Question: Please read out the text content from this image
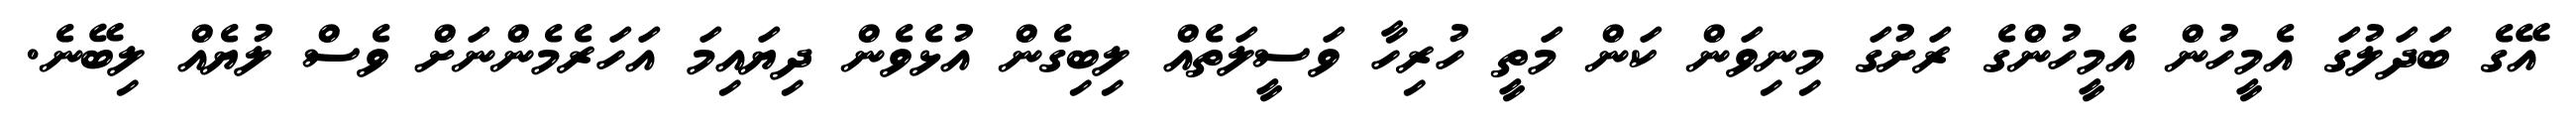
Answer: އޭގެ ބަދަލުގަ އެމީހުން އެމީހުންގެ ރަށުގަ މިނިވަން ކަން މަތީ ހުރިހާ ވަސީލަތެއް ލިބިގެން އުޅެވެން ދިޔައިމަ އަހަރެމެންނަށް ވެސް ލުޔެއް ލިބޭނެ.